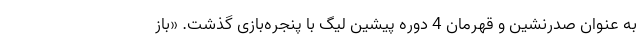
به عنوان صدرنشین و قهرمان 4 دوره پیشین لیگ با پنجره‌بازی گذشت. «باز